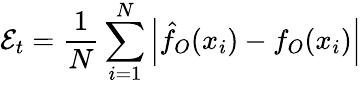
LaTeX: {\cal{E}}_{t}=\frac{1}{N}\sum_{i=1}^{N}\left|\hat{f}_{O}(x_{i})-f_{O}(x_{i})\right|